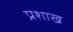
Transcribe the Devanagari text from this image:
प्रशाख